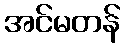
အင်မတန်